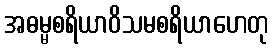
အဓမ္မစရိယာဝိသမစရိယာဟေတု